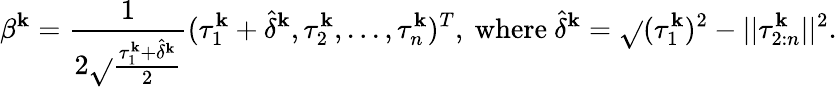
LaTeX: \beta^{\mathbf{k}}=\frac{{1}}{{2\sqrt{}{{\frac{{\tau_{1}^{\mathbf{k}}+\hat{{\delta}}^{\mathbf{k}}}}{{2}}}}}}(\tau_{1}^{\mathbf{k}}+\hat{{\delta}}^{\mathbf{k}},\tau_{2}^{\mathbf{k}},...,\tau_{n}^{\mathbf{k}})^{T},\mathrm{{~where~}}\hat{{\delta}}^{\mathbf{k}}=\sqrt{}{{(\tau_{1}^{\mathbf{k}})^{2}-||\tau_{2:n}^{\mathbf{k}}||^{2}}}.